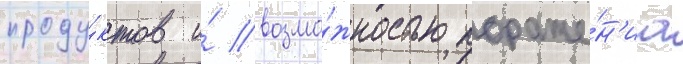
проду́ктов и́ возмо́жностью пораже́н'иа